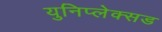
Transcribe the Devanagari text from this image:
युनिप्लेक्सड